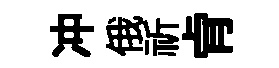
冲俄祈肻